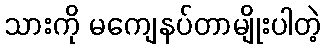
သားကို မကျေနပ်တာမျိုးပါတဲ့